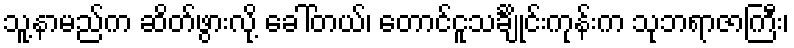
သူ့နာမည်က ဆိတ်ဖွားလို့ ခေါ်တယ်၊ တောင်ငူသင်္ချိုင်းကုန်းက သုဘရာဇာကြီး၊